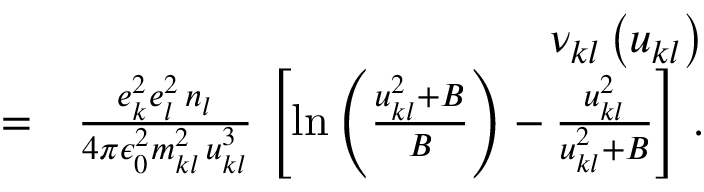
\begin{array} { r l r } & { } & { \nu _ { k l } \left( u _ { k l } \right) } \\ & { = } & { \frac { e _ { k } ^ { 2 } e _ { l } ^ { 2 } \, n _ { l } } { 4 \pi \epsilon _ { 0 } ^ { 2 } m _ { k l } ^ { 2 } \, u _ { k l } ^ { 3 } } \, \left[ \ln \left( \frac { u _ { k l } ^ { 2 } + B } { B } \right) - \frac { u _ { k l } ^ { 2 } } { u _ { k l } ^ { 2 } + B } \right] \, . } \end{array}